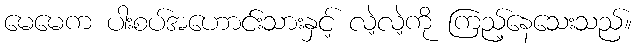
မေမေက ပါးစပ်အဟောင်းသားနှင့် လဲ့လဲ့ကို ကြည့်နေသေးသည်။